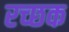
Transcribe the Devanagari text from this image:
रच्‍छक